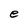
Character: e